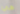
هي